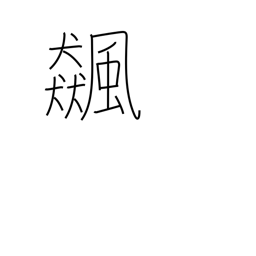
Meaning: whirlwind